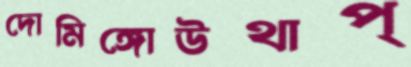
দোমিঙ্গোউথাপ্